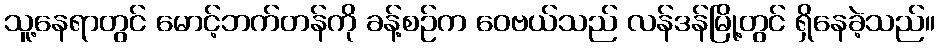
သူ့နေရာတွင် မောင့်ဘက်တန်ကို ခန့်စဉ်က ဝေဗယ်သည် လန်ဒန်မြို့တွင် ရှိနေခဲ့သည်။